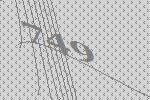
749